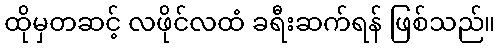
ထိုမှတဆင့် လဖိုင်လထံ ခရီးဆက်ရန် ဖြစ်သည်။